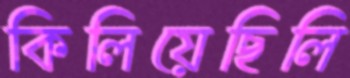
কিলিয়েছিলি